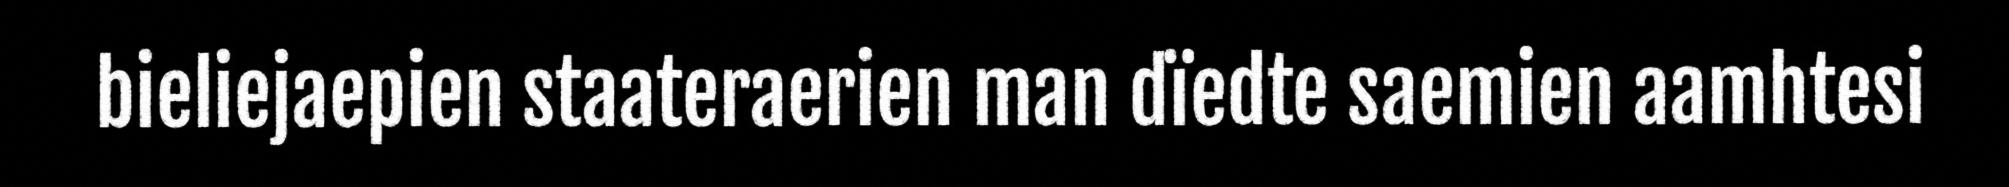
bieliejaepien staateraerien man dïedte saemien aamhtesi